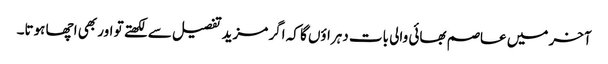
آخر میں عاصم بھائی والی بات دہراؤں گا کہ اگر مزید تفصیل سے لکھتے تو اور بھی اچھا ہوتا۔